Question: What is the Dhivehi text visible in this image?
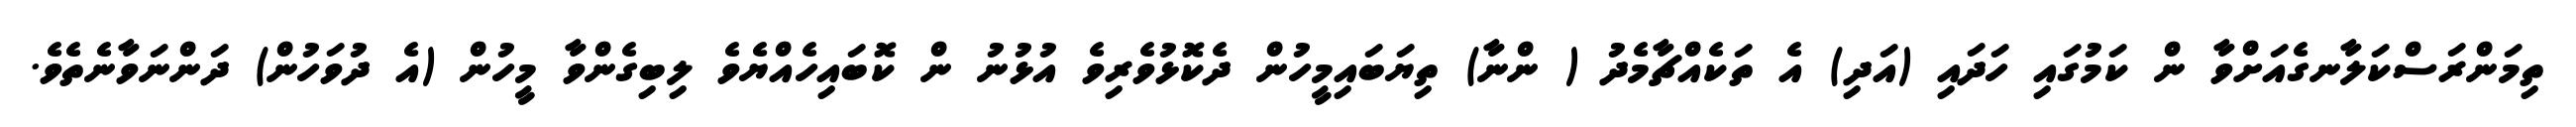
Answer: ތިމަންރަސްކަލާނގެއަށްވާ ން ކަމުގައި ހަދައި (އަދި) އެ ތަކެއްޗާމެދު ( ންނާ) ތިޔަބައިމީހުން ދެކޮޅުވެރިވެ އުޅުނު ން ކޮބައިހެއްޔެވެ ލިބިގެންވާ މީހުން (އެ ދުވަހުން) ދަންނަވާނެތެވެ.